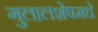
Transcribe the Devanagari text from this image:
गुलालशेषमधे